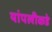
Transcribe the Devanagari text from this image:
यांपलीकडे